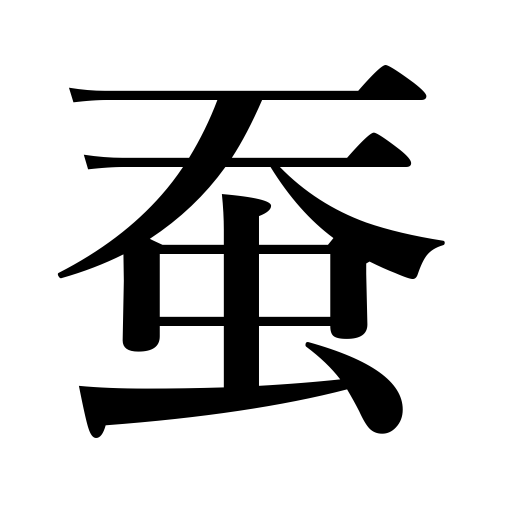
Meanings: silk worm